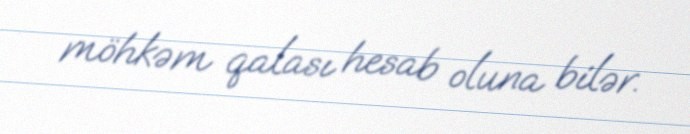
möhkəm qalası hesab oluna bilər.